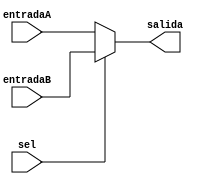
module Mux32bits2entradas(
    input sel,
    input [31:0] entradaA,
    input [31:0] entradaB,
    output reg [31:0] salida
    );

	initial begin salida <= 32'b0; end
	
	always @ (*) begin
		if (~sel)
			salida <= entradaA;
		else
			salida <= entradaB;
	end





endmodule